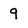
Character: 9